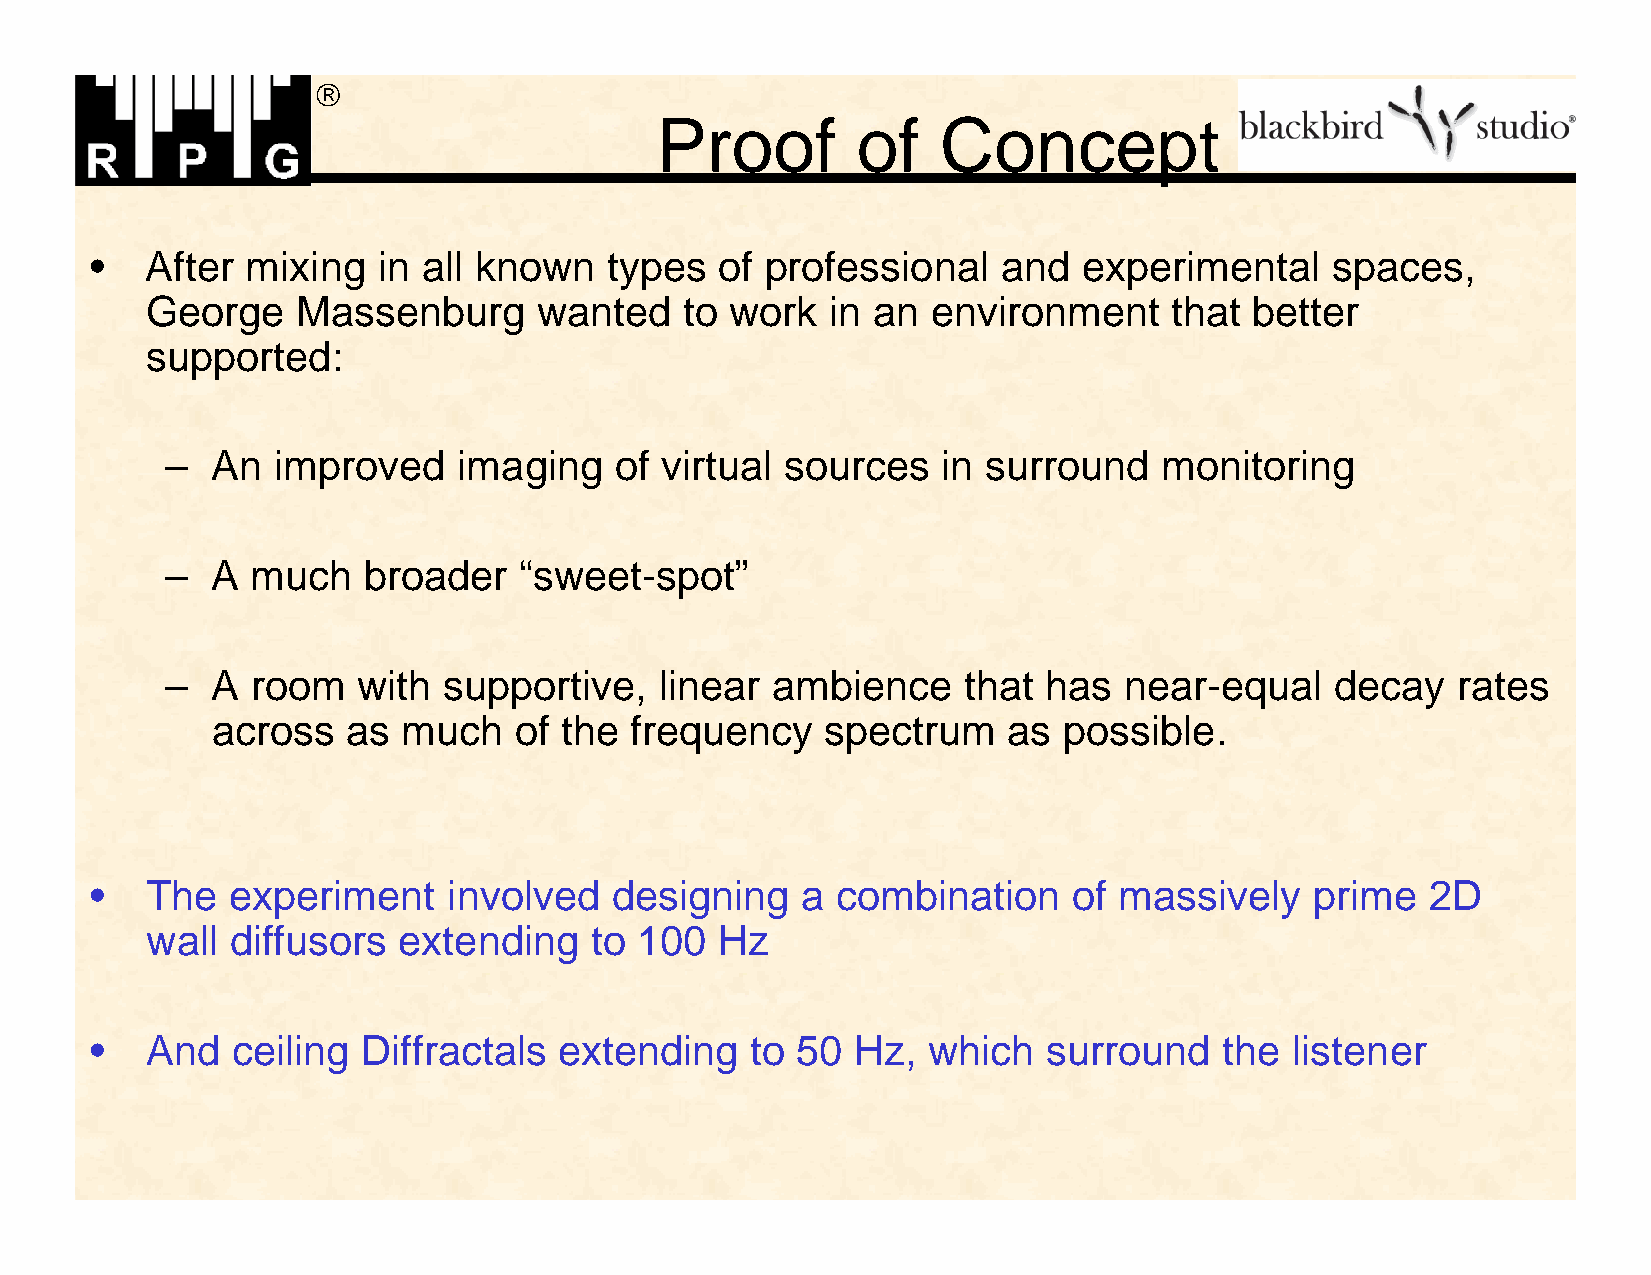

 Proof         of   Concept
 •   After mixing   in all known   types   of professional   and   experimental    spaces,
 George    Massenburg      wanted   to work   in an  environment     that better
 supported:
 –  An  improved    imaging    of virtual sources   in surround    monitoring
 –  A  much   broader   “sweet-spot”
 –  A  room   with supportive,    linear ambience     that has  near-equal    decay   rates
 across   as  much   of the  frequency    spectrum    as possible.
 •   The  experiment     involved  designing    a combination     of massively    prime   2D
 wall diffusors  extending    to 100   Hz
 •   And  ceiling  Diffractals  extending    to 50  Hz, which   surround    the  listener